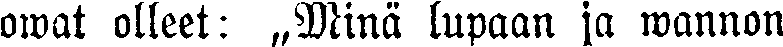
owat olleet: „Minä lupaan ja wannon